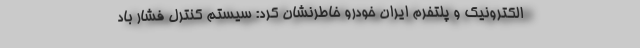
الکترونیک و پلتفرم ایران خودرو خاطرنشان کرد: سیستم کنترل فشار باد